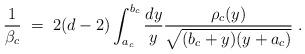
LaTeX: \begin{align*}{1\over \beta_c}\;=\; 2(d-2)\int_{a_c}^{b_c} {dy\over y}{\rho_c(y)\over \sqrt{(b_c+y)(y+a_c)}}\;.\end{align*}